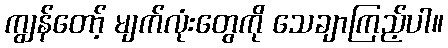
ကျွန်တော့် မျက်လုံးတွေကို သေချာကြည့်ပါ။